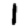
Digit: 1